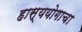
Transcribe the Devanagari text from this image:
हास्ययोगाचा